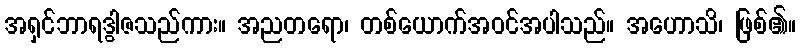
အရှင်ဘာရဒွါဇသည်ကား။ အညတရော၊ တစ်ယောက်အဝင်အပါသည်။ အဟောသိ၊ ဖြစ်၏။